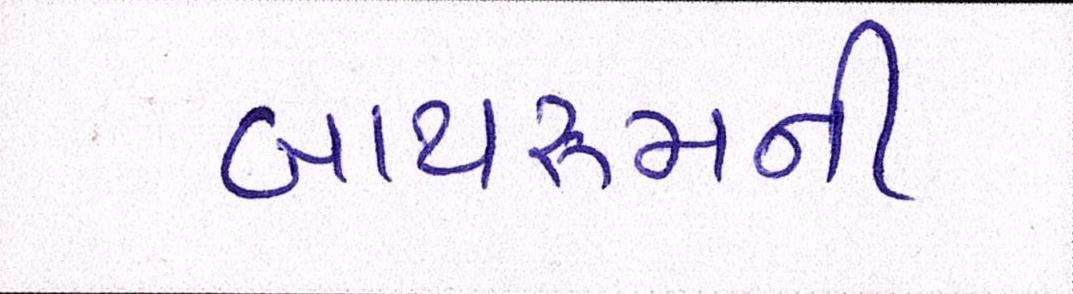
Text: બાથરૂમની